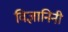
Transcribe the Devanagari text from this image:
विज्ञानिनी